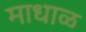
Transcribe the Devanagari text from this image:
माधाळ